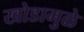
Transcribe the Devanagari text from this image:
खोडामुळे